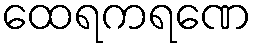
ထေရကရဏေ